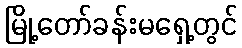
မြို့တော်ခန်းမရှေ့တွင်